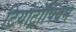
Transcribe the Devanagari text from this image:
टियोट्रॉपियम